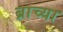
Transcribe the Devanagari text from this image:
ब्राच्या